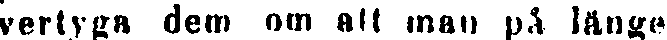
vertyga dem om alt man på länge